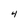
Character: 4